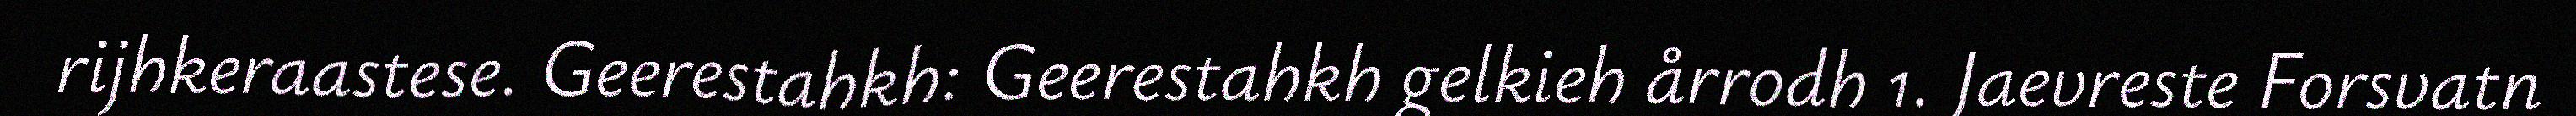
rijhkeraastese. Geerestahkh: Geerestahkh gelkieh årrodh 1. Jaevreste Forsvatn